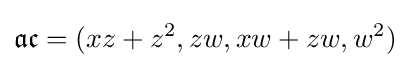
{\mathfrak {a}}{\mathfrak {c}}=(xz+z^{2},zw,xw+zw,w^{2})